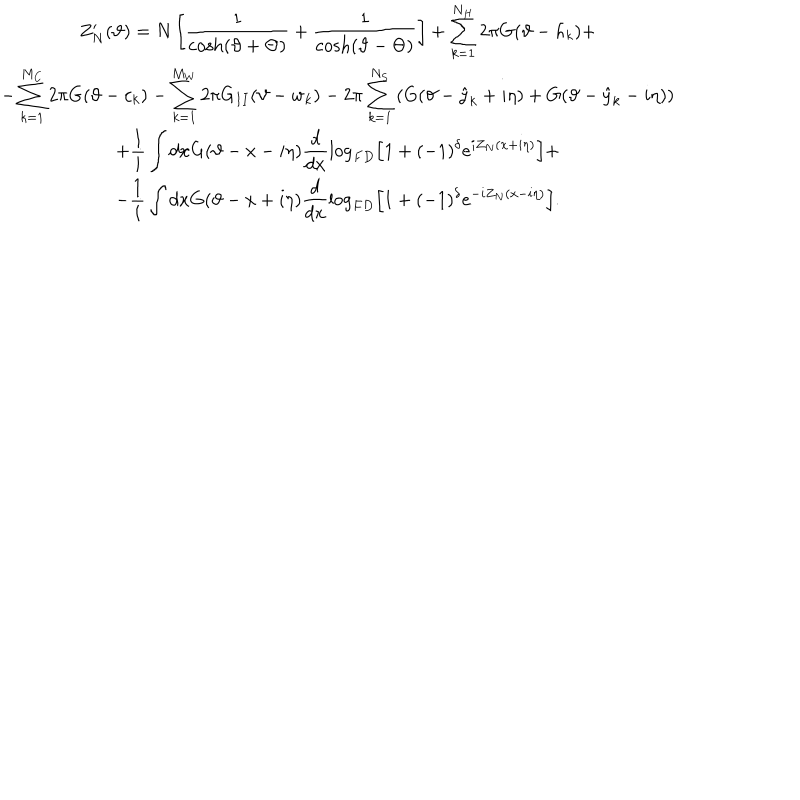
LaTeX: \begin{array} { c } { { \displaystyle Z _ { N } ^ { \prime } ( \vartheta ) = N \left[ \displaystyle \frac { 1 } { \cosh ( \vartheta + \Theta ) } + \displaystyle \frac { 1 } { \cosh ( \vartheta - \Theta ) } \right] + \displaystyle \sum _ { k = 1 } ^ { N _ { H } } 2 \pi G ( \vartheta - h _ { k } ) + } } \\ { { - \displaystyle \sum _ { k = 1 } ^ { M _ { C } } 2 \pi G ( \vartheta - c _ { k } ) - \displaystyle \sum _ { k = 1 } ^ { M _ { W } } 2 \pi G _ { I I } ( \vartheta - w _ { k } ) - 2 \pi \displaystyle \sum _ { k = 1 } ^ { N _ { S } } \left( G ( \vartheta - \hat { y } _ { k } + i \eta ) + G ( \vartheta - \hat { y } _ { k } - i \eta ) \right) } } \\ { { + \displaystyle \frac { 1 } { i } \displaystyle \int d x G ( \vartheta - x - i \eta ) \displaystyle \frac { d } { d x } \log _ { F D } \left[ 1 + ( - 1 ) ^ { \delta } e ^ { i Z _ { N } ( x + i \eta ) } \right] + } } \\ { { - \displaystyle \frac { 1 } { i } \displaystyle \int d x G ( \vartheta - x + i \eta ) \displaystyle \frac { d } { d x } \log _ { F D } \left[ 1 + ( - 1 ) ^ { \delta } e ^ { - i Z _ { N } ( x - i \eta ) } \right] . } } \\ \end{array}